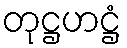
တုဋ္ဌဟဋ္ဌံ